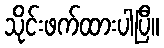
သိုင်းဖက်ထားပါပြီ။